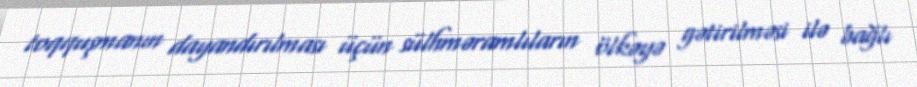
toqquşmanın dayandırılması üçün sülhməramlıların ölkəyə gətirilməsi ilə bağlı